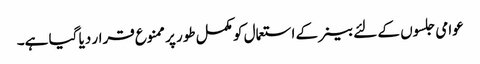
عوامی جلسوں کے لئے بینر کے استعمال کو مکمل طور پر ممنوع قرار دیا گیا ہے۔